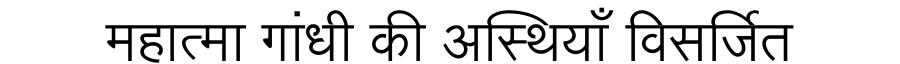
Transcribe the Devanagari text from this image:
महात्मा गांधी की अस्थियाँ विसर्जित